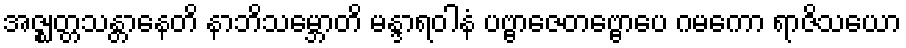
အဇ္ဈတ္တသန္တာနေတိ နာဘိသမ္ဘောတိ မန္ဒာရဝါနံ ပဗ္ဗာဇေတဗ္ဗောပေ ဂမကော ရာဇိသယော